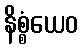
နိစ္စံယေဝ